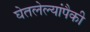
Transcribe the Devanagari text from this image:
घेतलेल्यांपैकी